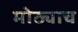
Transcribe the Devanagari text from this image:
मोठ्याच